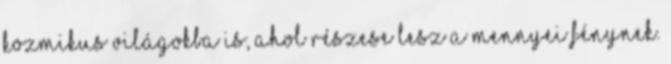
kozmikus világokba is, ahol részese lesz a mennyei fénynek.